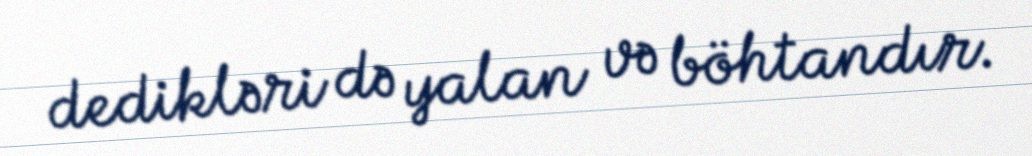
dedikləri də yalan və böhtandır.